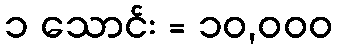
၁ သောင်း = ၁၀,၀၀၀